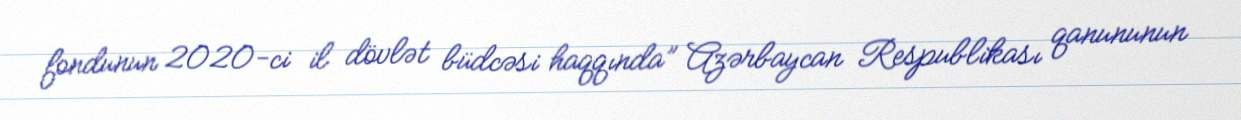
fondunun 2020-ci il dövlət büdcəsi haqqında” Azərbaycan Respublikası qanununun